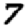
Digit: 7